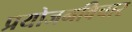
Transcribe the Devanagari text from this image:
प्रयोजनविचार